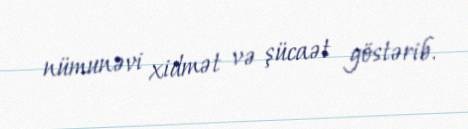
nümunəvi xidmət və şücaət göstərib.